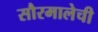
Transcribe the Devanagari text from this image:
सौरमालेची